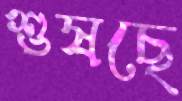
শুষছে